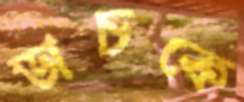
ডাচকে